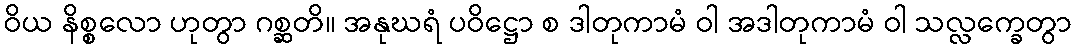
ဝိယ နိစ္စလော ဟုတွာ ဂစ္ဆတိ။ အနုဃရံ ပဝိဋ္ဌော စ ဒါတုကာမံ ဝါ အဒါတုကာမံ ဝါ သလ္လက္ခေတွာ